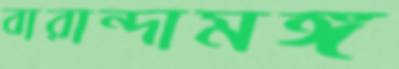
বারান্দামঙ্গ